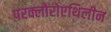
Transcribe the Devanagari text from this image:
परक्लोरोएथिलीन